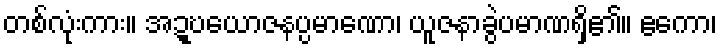
တစ်လုံးကား။ အဍ္ဎယောဇနပ္ပမာဏော၊ ယူဇနာခွဲပမာဏရှိ၏။ ဧကော၊